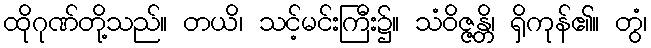
ထိုဂုဏ်တို့သည်။ တယိ၊ သင့်မင်းကြီး၌။ သံဝိဇ္ဇန္တိ၊ ရှိကုန်၏။ တွံ၊